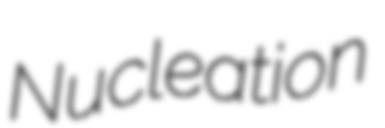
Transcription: Nucleation